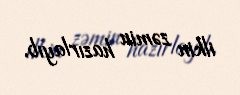
ilkin zəmin hazırlayıb.